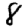
Digit: 8